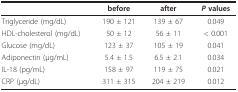
|  | before | after | P values |
 | --- | --- | --- | --- |
 | Triglyceride (mg/dL) | 190 ± 121 | 139 ± 67 | 0.049 |
 | HDL-cholesterol (mg/dL) | 50 ± 12 | 56 ± 11 | < 0.001 |
 | Glucose (mg/dL) | 123 ± 37 | 105 ± 19 | 0.041 |
 | Adiponectin (μg/mL) | 5.4 ± 1.5 | 6.5 ± 2.1 | 0.034 |
 | IL-18 (pg/mL) | 158 ± 97 | 119 ± 75 | 0.021 |
 | CRP (μg/dL) | 311 ± 315 | 204 ± 219 | 0.012 |